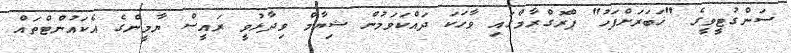
ސަންގުޓީވީގެ "ޚަބަރަށްފަހު" ޕްރޮގްރާމްގައި ވާހަކަ ދައްކަވަމުން ޝިޔާމް ވިދާޅުވީ ރައީސް ޔާމީންގެ އެކައުންޓްތައް